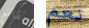
لقاح نعم